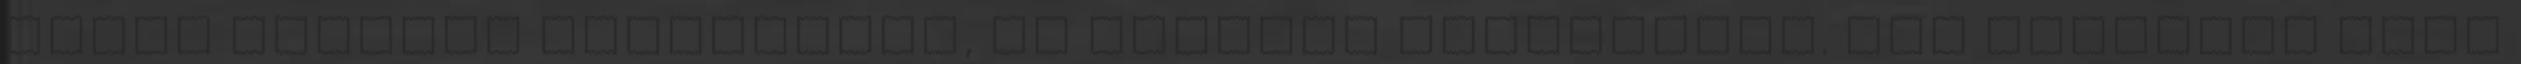
tubus fogkrem koltsegeit, az altalad leirtakkal. egy indokkal tobb